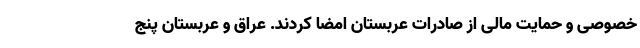
خصوصی و حمایت مالی از صادرات عربستان امضا کردند. عراق و عربستان پنج